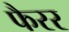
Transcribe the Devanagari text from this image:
फैरर